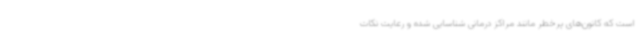
است که کانون‌های پرخطر مانند مراکز درمانی شناسایی شده و رعایت نکات